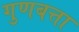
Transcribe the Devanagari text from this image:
गुणबत्ता